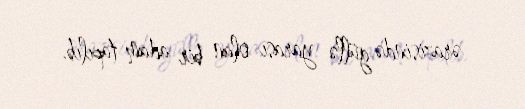
ərazisində güllə yarası olan bir adam tapılıb.